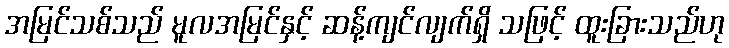
အမြင်သစ်သည် မူလအမြင်နှင့် ဆန့်ကျင်လျက်ရှိ သဖြင့် ထူးခြားသည်ဟု